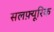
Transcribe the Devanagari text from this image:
सलफ़्यूरिक